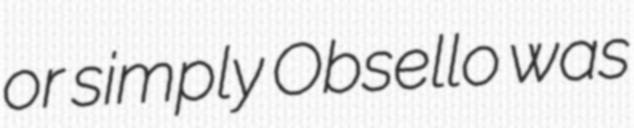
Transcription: or simply Obsello was